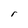
Character: r